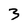
Character: 3